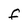
Character: F